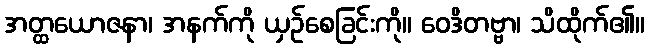
အတ္ထယောဇနာ၊ အနက်ကို ယှဉ်စေခြင်းကို။ ဝေဒိတဗ္ဗာ၊ သိထိုက်၏။